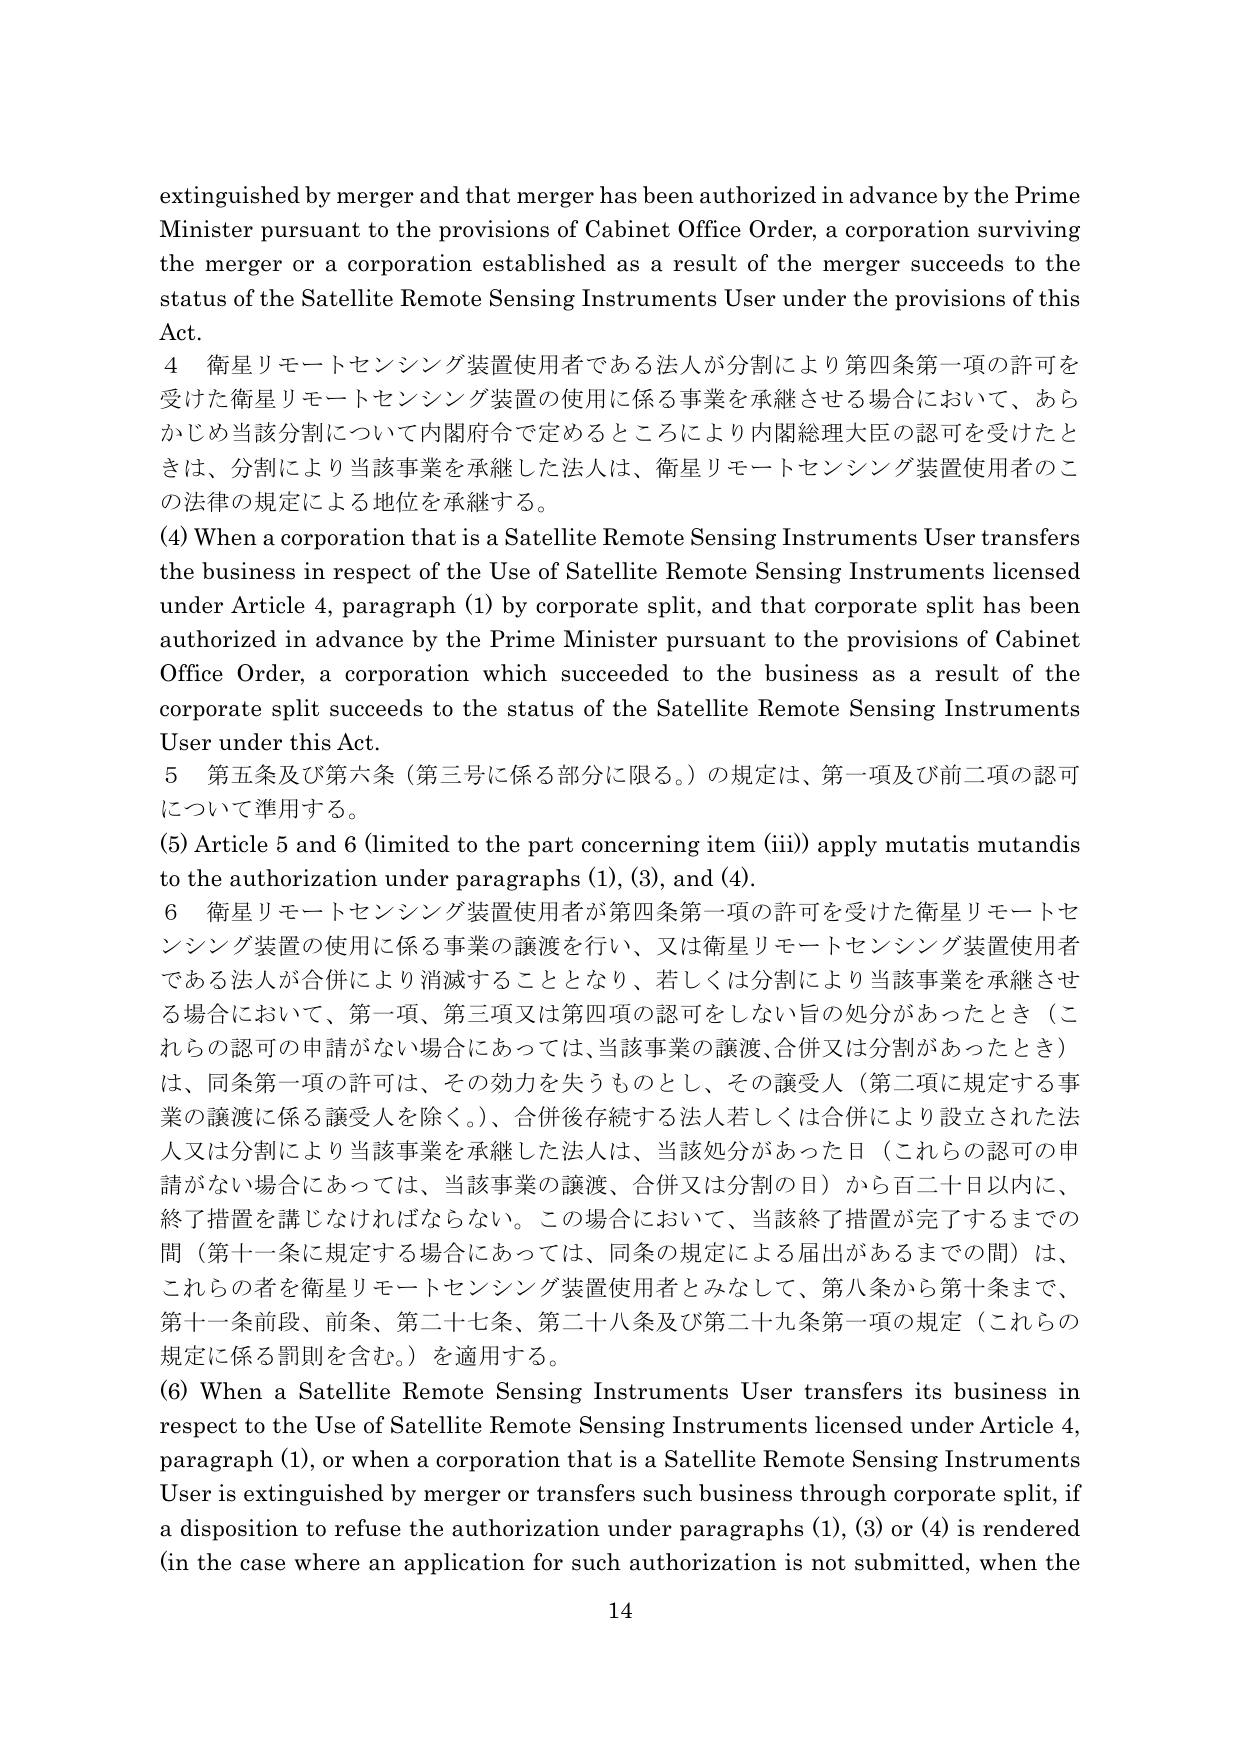
extinguished by merger and that merger has been authorized in advance by the Prime Minister pursuant to the provisions of Cabinet Office Order, a corporation surviving the merger or a corporation established as a result of the merger succeeds to the status of the Satellite Remote Sensing Instruments User under the provisions of this Act.

4 衛星リモートセンシング装置使用者である法人が分割により第四条第一項の許可を受けた衛星リモートセンシング装置の使用に係る事業を承継させる場合において、あらかじめ当該分割について内閣府令で定めるところにより内閣総理大臣の認可を受けたときは、分割により当該事業を承継した法人は、衛星リモートセンシング装置使用者のこの法律の規定による地位を承継する。

(4) When a corporation that is a Satellite Remote Sensing Instruments User transfers the business in respect of the Use of Satellite Remote Sensing Instruments licensed under Article 4, paragraph (1) by corporate split, and that corporate split has been authorized in advance by the Prime Minister pursuant to the provisions of Cabinet Office Order, a corporation which succeeded to the business as a result of the corporate split succeeds to the status of the Satellite Remote Sensing Instruments User under this Act.

5 第五条及び第六条（第三号に係る部分に限る。）の規定は、第一項及び前二項の認可について準用する。

(5) Article 5 and 6 (limited to the part concerning item (iii)) apply mutatis mutandis to the authorization under paragraphs (1), (3), and (4).

6 衛星リモートセンシング装置使用者が第四条第一項の許可を受けた衛星リモートセンシング装置の使用に係る事業の譲渡を行い、又は衛星リモートセンシング装置使用者である法人が合併により消滅することとなり、若しくは分割により当該事業を承継させる場合において、第一項、第三項又は第四項の認可をしない旨の処分があったとき（これらの認可の申請がない場合にあっては、当該事業の譲渡、合併又は分割があったとき）は、同条第一項の許可は、その効力を失うものとし、その譲受人（第二項に規定する事業の譲渡に係る譲受人を除く。）、合併後存続する法人若しくは合併により設立された法人又は分割により当該事業を承継した法人は、当該処分があった日（これらの認可の申請がない場合にあっては、当該事業の譲渡、合併又は分割の日）から百二十日以内に、終了措置を講じなければならない。この場合において、当該終了措置が完了するまでの間（第十一条に規定する場合にあっては、同条の規定による届出があるまでの間）は、これらの者を衛星リモートセンシング装置使用者とみなして、第八条から第十条まで、第十一条前段、前条、第二十七条、第二十八条及び第二十九条第一項の規定（これらの規定に係る罰則を含む。）を適用する。

(6) When a Satellite Remote Sensing Instruments User transfers its business in respect to the Use of Satellite Remote Sensing Instruments licensed under Article 4, paragraph (1), or when a corporation that is a Satellite Remote Sensing Instruments User is extinguished by merger or transfers such business through corporate split, if a disposition to refuse the authorization under paragraphs (1), (3) or (4) is rendered (in the case where an application for such authorization is not submitted, when the

14